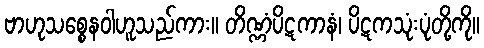
ဗာဟုသစ္စေနဝါဟူသည်ကား။ တိဏ္ဏံပိဋကာနံ၊ ပိဋကသုံးပုံတို့ကို။